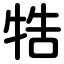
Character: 牿